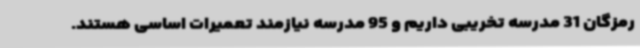
رمزگان 31 مدرسه تخریبی داریم و 95 مدرسه نیازمند تعمیرات اساسی هستند.